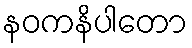
နဝကနိပါတော